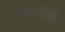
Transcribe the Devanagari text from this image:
प्रजातींनी